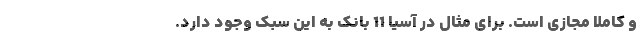
و کاملاً مجازی است. برای مثال در آسیا 11 بانک به این سبک وجود دارد.